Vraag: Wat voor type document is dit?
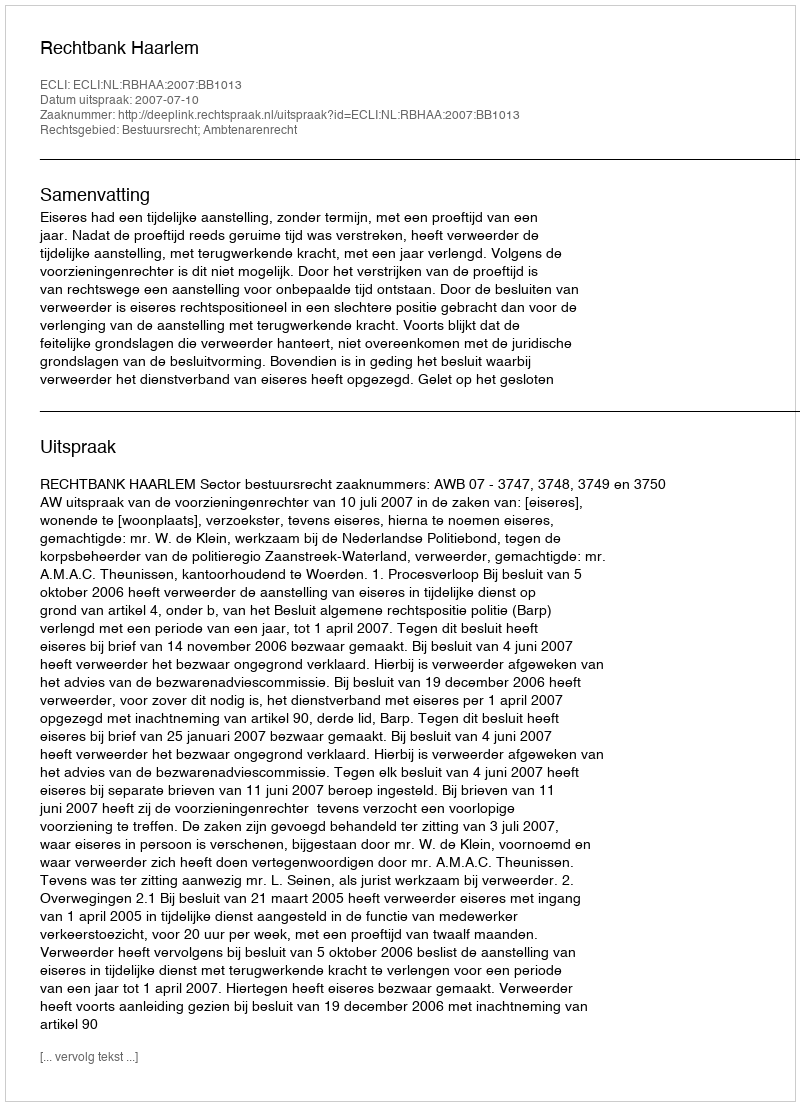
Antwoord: Uitspraak